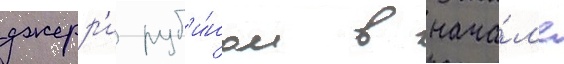
джерр'и руб'и́ном в нача́л'е